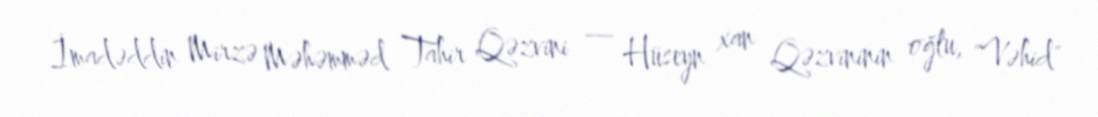
İmadəddin Mirzə Məhəmməd Tahir Qəzvini — Hüseyn xan Qəzvininin oğlu, "Vəhid"